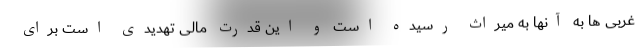
غربی ها به آنها به میراث رسیده است و این قدرت مالی تهدیدی است برای